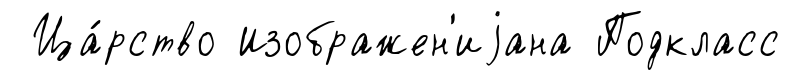
Ца́рство Изображен'иjана Подкласс